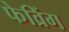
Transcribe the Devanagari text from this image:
फेव्रिंग